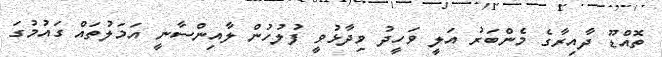
ތޮއްޑޫ ދާއިރާގެ މެންބަރު އަލީ ވަހީދު ވިދާޅުވީ ފުލުހުން ލާއިންސާނީ އަމަލުތައް ގައުމުގަ